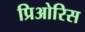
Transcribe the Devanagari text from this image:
प्रिओरिस